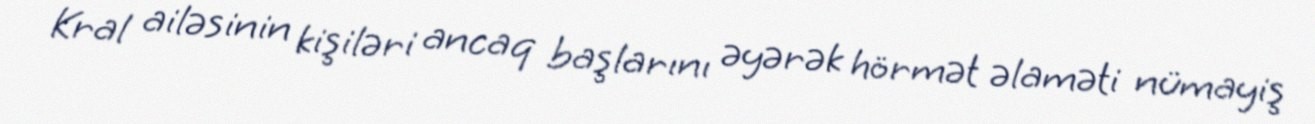
Kral ailəsinin kişiləri ancaq başlarını əyərək hörmət əlaməti nümayiş